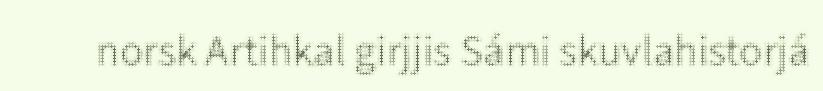
norsk Artihkal girjjis Sámi skuvlahistorjá